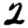
Digit: 2